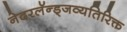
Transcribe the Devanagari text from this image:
नेदरलॅन्ड्जव्यतिरिक्त